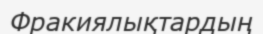
Фракиялықтардың